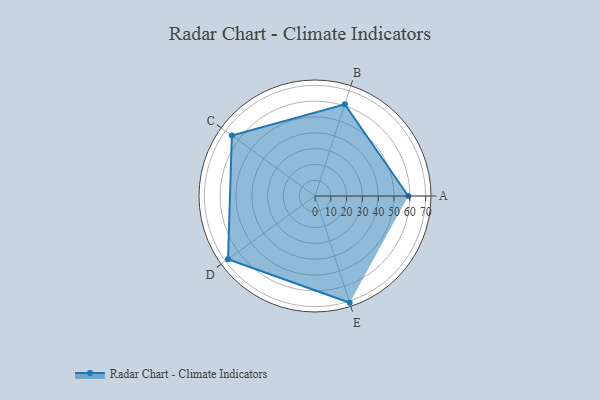
{"axis": {"x": "Skill", "y": "Score"}, "legend": ["Profile"], "data": [{"x": "A", "y": 59.0, "type": "Profile"}, {"x": "B", "y": 61.0, "type": "Profile"}, {"x": "C", "y": 65.0, "type": "Profile"}, {"x": "D", "y": 68.0, "type": "Profile"}, {"x": "E", "y": 71.0, "type": "Profile"}]}